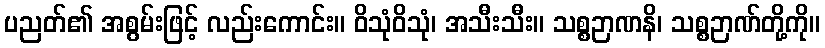
ပညတ်၏ အစွမ်းဖြင့် လည်းကောင်း။ ဝိသုံဝိသုံ၊ အသီးသီး။ သစ္စဉာဏနိ၊ သစ္စဉာဏ်တို့ကို။